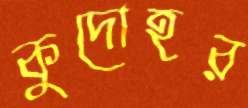
কুদোহর